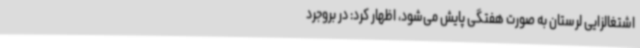
اشتغالزایی لرستان به صورت هفتگی پایش می‌شود، اظهار کرد: در بروجرد